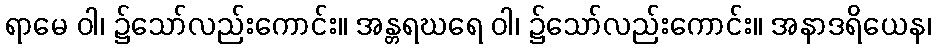
ရာမေ ဝါ၊ ၌သော်လည်းကောင်း။ အန္တရဃရေ ဝါ၊ ၌သော်လည်းကောင်း။ အနာဒရိယေန၊